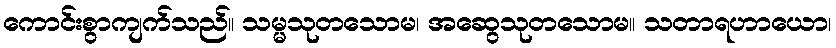
ကောင်းစွာကျက်သည်။ သမ္မသုတသောမ၊ အဆွေသုတသောမ။ သတာရဟာယော၊